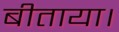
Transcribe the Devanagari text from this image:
बीताया।